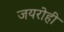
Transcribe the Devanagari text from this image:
जयरोही